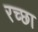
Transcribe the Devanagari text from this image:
रच्छा